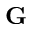
\mathbf { G }